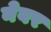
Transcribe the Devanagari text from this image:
नेबर